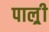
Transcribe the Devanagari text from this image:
पाल्र्री